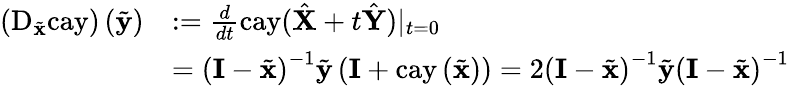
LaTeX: \begin{array}{rl}{\left(\mathrm{D}_{\tilde{\mathbf{x}}}\mathrm{cay}\right)\left(\tilde{\mathbf{y}}\right)}&{:=\frac{d}{dt}\mathrm{cay}(\hat{\mathbf{X}}+t\hat{\mathbf{Y}})|_{t=0}}\\ &{=\left(\mathbf{I}-\tilde{\mathbf{x}}\right)^{-1}\tilde{\mathbf{y}}\left(\mathbf{I}+\mathrm{cay}\left(\tilde{\mathbf{x}}\right)\right)=2\left(\mathbf{I}-\tilde{\mathbf{x}}\right)^{-1}\tilde{\mathbf{y}}\left(\mathbf{I}-\tilde{\mathbf{x}}\right)^{-1}}\end{array}